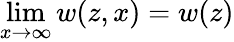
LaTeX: \operatorname*{lim}_{x\rightarrow\infty}w(z,x)=w(z)